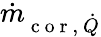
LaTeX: \dot{m}_{\mathrm{~c~o~r~,~}\dot{Q}}